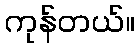
ကုန်တယ်။